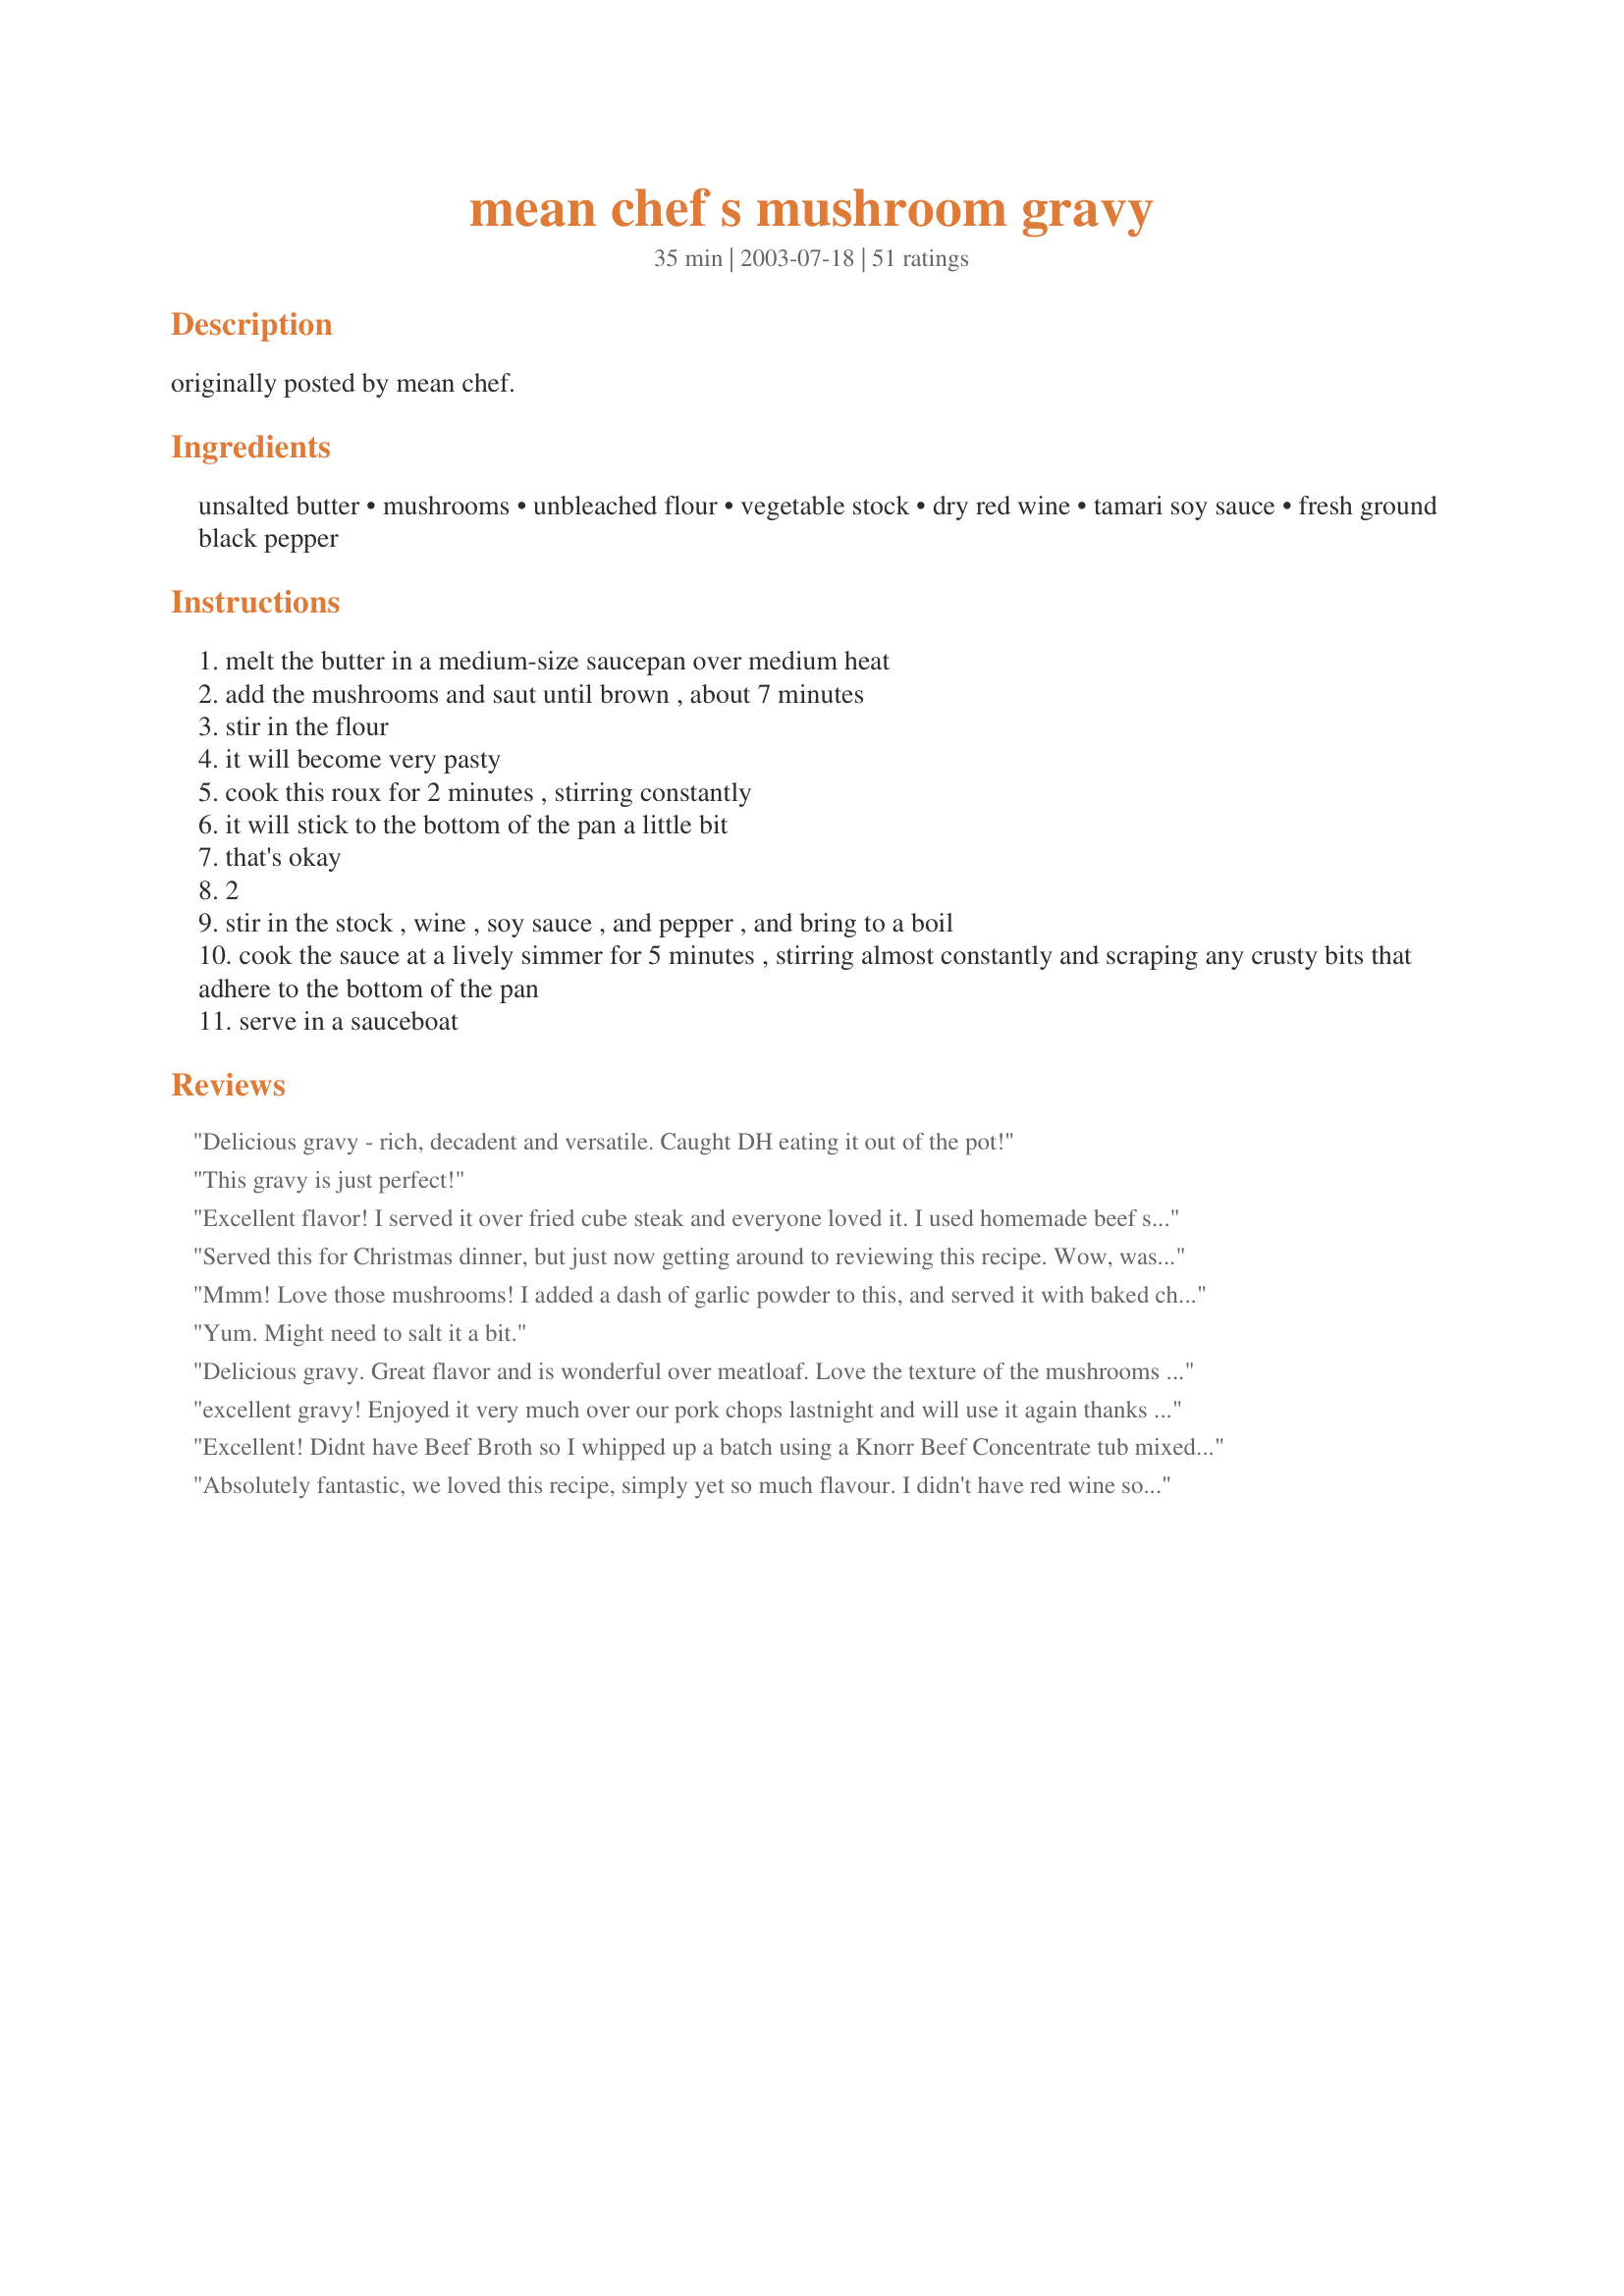
mean chef s mushroom gravy
Preparation time: 35 minutes

originally posted by mean chef.

Ingredients:
unsalted butter, mushrooms, unbleached flour, vegetable stock, dry red wine, tamari soy sauce, fresh ground black pepper

Steps:
melt the butter in a medium-size saucepan over medium heat
add the mushrooms and saut until brown , about 7 minutes
stir in the flour
it will become very pasty
cook this roux for 2 minutes , stirring constantly
it will stick to the bottom of the pan a little bit
that's okay
2
stir in the stock , wine , soy sauce , and pepper , and bring to a boil
cook the sauce at a lively simmer for 5 minutes , stirring almost constantly and scraping any crusty bits that adhere to the bottom of the pan
serve in a sauceboat

Reviews:
Delicious gravy - rich, decadent and versatile. Caught DH eating it out of the pot!
This gravy is just perfect!
Excellent flavor! I served it over fried cube steak and everyone loved it. I used homemade beef stock since I didn't have vegetable. I had to add some more flour to thicken it up some but it was one of the best gravies I've ever had. Thanks!
Served this for Christmas dinner, but just now getting around to reviewing this recipe. Wow, was it ever good! My MIL brought beef tenderloin for dinner, but I have a DS who is vegetarian, so wanted to give him a gravy option for his mashed potatoes other then the canned stuff (Yuck). Didn't use it all, so when reheated thinned it a bit with water. Thanks for posting.
Mmm! Love those mushrooms! I added a dash of garlic powder to this, and served it with baked chicken. I used homemade chicken stock, and should have added some salt. The combination of flavors is really tasty.
Made for Jeff's Cook-A-Thon. Thanks for posting this, Jeff, and get well soon!
Yum. Might need to salt it a bit.
Delicious gravy. Great flavor and is wonderful over meatloaf. Love the texture of the mushrooms in it. YUM.
excellent gravy! Enjoyed it very much over our pork chops lastnight and will use it again thanks for the recipe
Excellent! Didnt have Beef Broth so I whipped up a batch using a Knorr Beef Concentrate tub mixed with 2&frac34; hot water, ? pack of Lipton Onion Soup Mix, &frac12; teaspoon dried Parsely and a &frac14; tsp Onion &amp; Garlic Powder each. Didn&#039;t use any wine. Also used Brown Rice flower in place of regular flour. The results were a flavorful, extra thick gravy. The next time (and there will be a next time), I will use less Brown Rice flower or either more broth.

Dropped some oven browned Omaha Steak Meatballs into the gravy once it was done (juices, fat, bits and all) &amp; simmered on low for 15 minutes. Served the meatballs &amp; gravy over Armenian Rice w/a side of seasoned Cauliflower &amp; Brocolli. This was a huge hit for dinner!!!
Absolutely fantastic, we loved this recipe, simply yet so much flavour. I didn't have red wine so used dry white wine and it tasted great, this one is sure for keeps. Many thanks for sharing it.
This recipe is VERY good. I made it to pour over pork schnitzel and my guests *really* liked it. I would say to watch out for the saltiness of ihe gravy and it does tend to thicken up quite a bit so be prepared to thin it down with a bit more broth or water or wine.

I can't wait to use this gravy over simple mashed potatoes.
Quick, easy & absolutely delicious! Aside from scaling in half, I followed the directions verbatim. It was wonderful over The Best Meatloaf Ever (#155610) by Kittencal & mashed taters. Thanx MC!
Just superb!!! Saved my dinner. My mom made roast chicken and potatos (never did like roast chicken much), made this gravy and the dinner turned out fabulous. Even my brother who doesn't eat mushrooms liked the gravy. Thank you.
Awesome recipe! My family enjoyed it very much. Thanks for sharing :)
Taste wise nothing short of fantastic. I did have little problem getting it to thicken up. I ended up adding maybe 1/8 cup more flour mixed with some flour.
Excellent gravy, and easy to make with simple ingredients already on hand. I used Baby Bella mushrooms and a nice Pinot Noir. It was sublime. Thanks for a great recipe that I will most certainly use over and over!
Great recipe!! Turned my plain ground beef patties in something very classy! thanks
This gravy is the hit of our thanksgiving dinner. Thank you so much for the recipe! As a note, I used some "stale" red wine we had lying around that we didn't like too much and that seemed to give it a nice rich flavor.
Thanks for an amazing recipe! The flavours are divine! Had a simple steak and chips meal with this gravy
Oh,my. I thoroughly enjoyed this gravy poured over the meatloaf #111012. I've made mushroom gravy before, but it has never turned out as good as this one. Recipe was made as directed, and I will not change anything in the future; it's perfect as is. Now I'm going to be busy discovering what else this is tasty poured over. I think I'd like to make about a gallon of it and freeze it so I can have some any time I want. :)
This being my first vegetarian Thanksgiving I used this recipe instead of a normal meat stock based one. It was very falvorful and my meat eating guests found it more than an acceptable substitute. It is also very easy to add spices to compliment any meal.
OK, so I didn't have the red wine and simply omitted it. But despite that this is still an excellent recipe and I can imagine the red wine makes it simply to die for.
When a 3 year old and an 8 month old happily eat their share you know you are onto a winner!
Wow, yummmmy, mmmmmm!! Thanks so much for this! I served this over mashed potatoes and #84509. Without this, the burgers would have been bland, but this put it over the top!! Will be making again. Thanks for sharing!! :O)
This is by far the easiest, most delicious gravy I've ever made or tasted! It would be great with just about anything. We had roast potatoes and beef tenderloin - but I'd eat it just with fresh bread. I used Portobello's and I didn't use the wine because of hubby's allergy. It's amazing! Thanks!
Omg!!! This gravy is absolutely to die for!!!!!!! Made as directed used a cabernet because it was all I had and salted butter - fabulous!!!
Fantastic!!!! I used some substitutes. white wine for red,gravy flour,and beef stock. this gravy was excellent with my grilled flank steak. thanks meanchef!
I think I have made this about half a dozen times. It is SO good!!! Being a vegetarian this gravy is "meaty " tasting. I love this gravy.
This is so delicious, I've made it twice in the last two weeks! I use cranberry juice instead of the wine (equal parts) because we never have wine but always have cran juice. I also add a bit more flour because we like thicker gravy. We serve it over baked cube steak and mashed potatoes, and it's a big hit! Thanks for posting!
Really good and simple recipe. After tasting it I thought it needed a little something so I added some thyme and that gave it the flavor I was after. Thanks so much for sharing this great technique, I&#039;ll be using it again.
Wow! This gravy was a hit! Not difficult to make, but it didn't thicken up as much as I'd wanted, so I added a little flour and water to thicken it up. I also used chicken broth instead of vegetable (it was what I had on hand). Baked potatoes never tasted so good!
Absolutely delicious! I used chicken stock and some dried porcini mushroom soaking water. The gravy is so flavorful, not too thick, and very simple to make. I will be making this one again. Thanks Meanie.
I loved this gravy! I used chicken stock and all purpose soy sauce, and thought it was wonderful over meatloaf. Great multi-purpose recipe.
Very, very good gravy. Thank you!
Made this for my vegetarian daughter for Thanksgiving and she couldn't stop exclaiming over how good it was. Very simple and excellent directions. Really excellent!
I've just had this on my Vege Sausage and mash and it's absolutely fantastic. My new favourite gravy. I fried a bit of red onion before adding the mushrooms and added a bit of fresh rosemary, thyme and sage. I cooked it for longer due to timings which meant that I added a bit of extra liquid from the potoatoes to loosen it.
This was absolutely wonderful! I used beef stock instead of the veg. stock. Had a ton of mushrooms in frig that were "on the brink" of going bad...needed to do something ASAP! Love my steak and hamburgers and thought this would be great to add to "noodle dishes" too! Fabulous taste!
This was delicious- I made it exactly as written and served it with Uncle Bill's Yorkshire pudding (Recipe #49658) and enjoyed the combination immensely. It was rich and very flavorful without being greasy or overly heavy.
I made this last night to go over my meatloaf and mashed potatoes. It was great! I only used 1 can of vegetable broth, which was right at 1 cup. The gravy turned out perfect. I will definately be making this again to go with a variety of things.
When I happened upon this recipe all I could think of was "Schnitzel!" So I went in search of a good chicken schnitzel recipe and found a great one. I made this gravy exactly as described and served it over recipe #100005 (did not make the white wine sauce), posted by PanNan. What a match!
We had this with hamburger steak. It is very good and the flavor melds very nicely.
Excellent recipe! I made it exactly as written the first time and served it with meatballs. Very good. I made it again the next day but this time I used beef broth instead of vegetable stock. I could not see or taste any difference. Both were excellent. Will be serving this at an upcoming wedding even for 200 guests.
I don't know why it is so hard to find a really good mushroom gravy recipe...It seems so simple! This was really great with just the right proportion of flavor...Thanks, Mean!
Love it! Going to try Mamitosamis
tip and cook chicken in it.
Great recipe!!!! I used 2 cups cremini mushrooms sliced, and added 1 cup oyster mushrooms sliced. I heated 2 cups beef stock, red wine and soy sauce, before adding to the mushroom and flour mixture. I found that heating the fluids before adding to butter/flour mixture helps the thickening process, as well as, preventing the taste of flour. I did add a third tablespoon of soy sauce at the very end. I made the gravy earlier in the day, by the time I served it later at night, the flavors were intense!!! I served it with a filet of beef, garlic roasted potatoes and spinach salad. Delicious!!!
I used this recipe more as a guide to make mushroom gravy to serve over leftover turkey meatloaf. A combination of butter and olive oil were used to saute the mushrooms. Since it was being served with turkey chicken stock was used in place of vegetable. The recipe was quick and delicious. Something I will be making again.
Made this with pot roast which was pressure cooked in french onion soup so, instead of using vegetable stock used the left over liquid from the roast. It turned out absolutely scrumptious & was quick & easy to do. Thanks Jeff for reposting this recipe.
This is my new favourite recipe!! I simmer chicken thighs in it for an hour and it is the most incredible flavour. I LOVE this gravy so much!!
On impulse, I bought a 4 oz. pkg. of gourmet mushrooms, got them home and couldn't decide what to do with them. On decided on this recipe and am SO glad I did! Absolutely delicious. My gourmet mushrooms included shiitake, oyster, poplar and cinnamon nameko. This gravy had a lovely, earthy flavor. I'll definitely be making this again. Thanks MC!
Absolutely wonderful
Great recipe! I made this for my Thanksgiving turkey yesterday and I was not disappointed. Great flavor and adaptable to all sorts of meats/poultry. I only used 1 T of kikomans soy sauce and it ws just right for me. THis will become my new standard gravy! THanks Mean Chef.
A lovely rich flavouved gravy easily made with my pantry staples, we had it served over crumbed sausages & mashed potato. I had to add a little extra flour to thicken but was lovely nonetheless!
